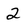
Character: 2